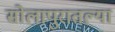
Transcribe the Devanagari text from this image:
सोलापुरातल्या